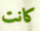
كانت